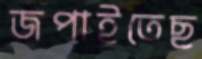
জপাইতেছ